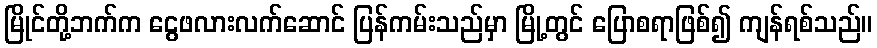
မြိုင်တို့ဘက်က ငွေဖလားလက်ဆောင် ပြန်ကမ်းသည်မှာ မြို့တွင် ပြောစရာဖြစ်၍ ကျန်ရစ်သည်။